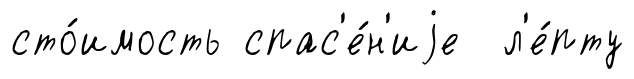
сто́имость спас'е́н'иjе л'е́пту